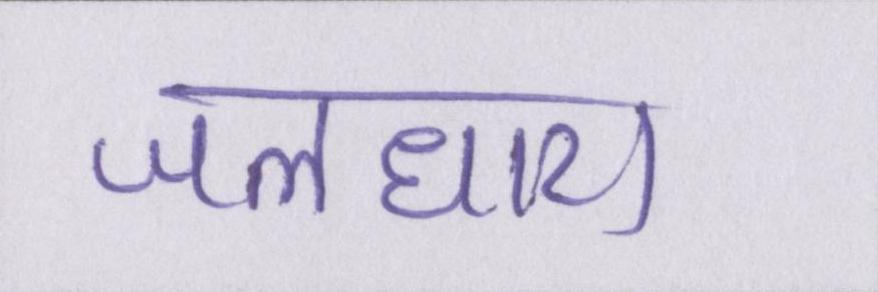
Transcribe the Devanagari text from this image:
जलधारा